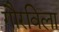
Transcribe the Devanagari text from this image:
गौरविला